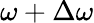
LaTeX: \omega+\Delta\omega